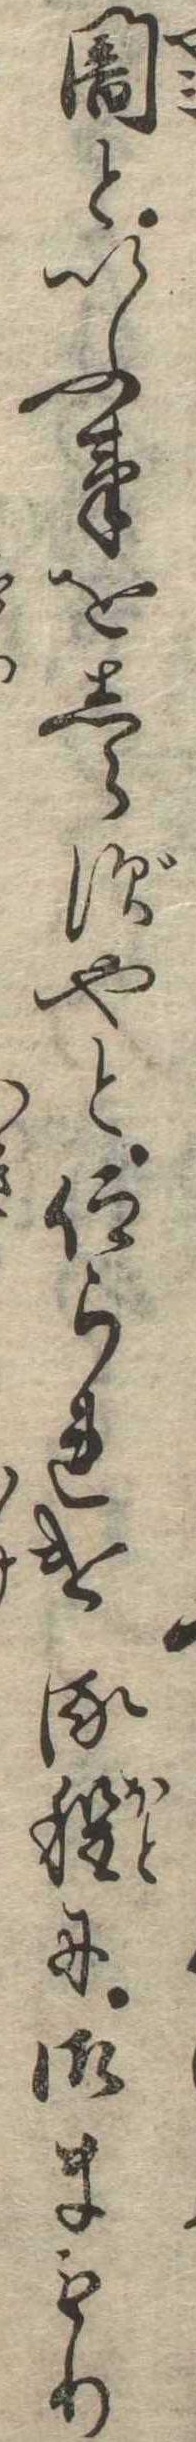
闇といふ事をしらずやと仰られける程に御まもり